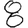
Digit: 8